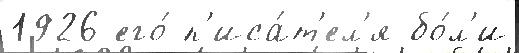
1926 его́ п'иса́т'ел'я бо́л'и